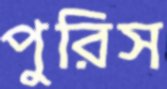
পুরিস